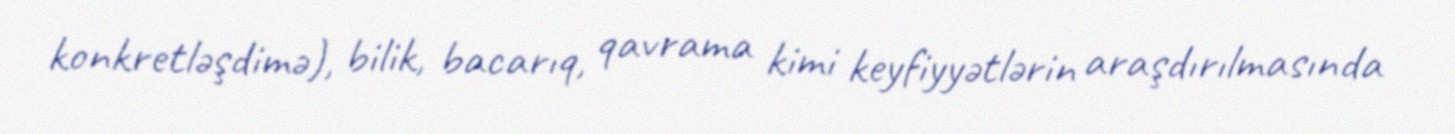
konkretləşdimə), bilik, bacarıq, qavrama kimi keyfiyyətlərin araşdırılmasında